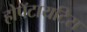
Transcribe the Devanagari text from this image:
होपॅटायटिस